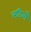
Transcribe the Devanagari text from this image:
लडियाँ